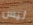
ليس